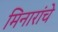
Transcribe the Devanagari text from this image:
मिनारांचे